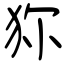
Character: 狝